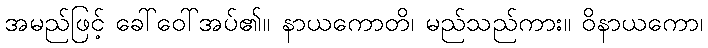
အမည်ဖြင့် ခေါ်ဝေါ်အပ်၏။ နာယကောတိ၊ မည်သည်ကား။ ဝိနာယကော၊